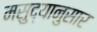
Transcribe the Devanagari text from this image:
मसुद्यानुसार